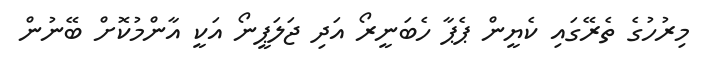
މިރުހުގެ ތެރޭގައި ކެޔީން ޕެޕާ ހެބަނީރޯ އަދި ޖަލަޕީނޯ އަކީ އާންމުކޮށް ބޭނުން